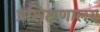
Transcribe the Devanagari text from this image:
प्रशिक्षणालय